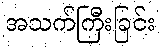
အသက်ကြီးခြင်း